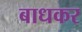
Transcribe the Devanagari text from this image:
बाधकर